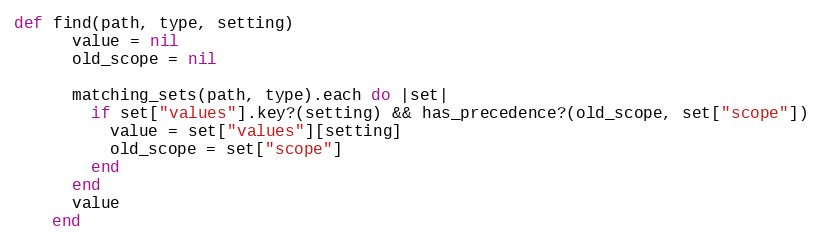
Language: Ruby
def find(path, type, setting)
      value = nil
      old_scope = nil

      matching_sets(path, type).each do |set|
        if set["values"].key?(setting) && has_precedence?(old_scope, set["scope"])
          value = set["values"][setting]
          old_scope = set["scope"]
        end
      end
      value
    end